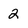
Character: 2